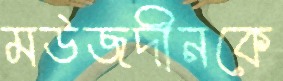
মউজদীনকে